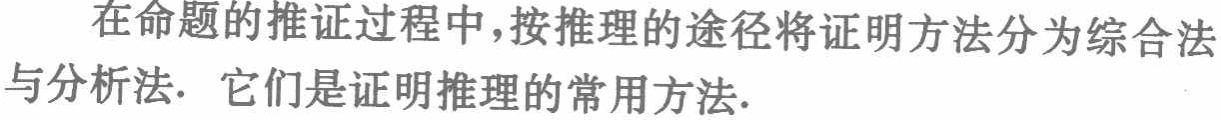
在命题的推证过程中，按推理的途径将证明方法分为综合法与分析法. 它们是证明推理的常用方法.